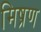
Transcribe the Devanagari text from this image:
मिष्रण